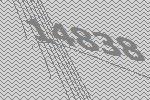
14838